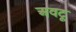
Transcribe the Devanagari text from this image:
अवटू